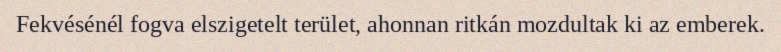
Fekvésénél fogva elszigetelt terület, ahonnan ritkán mozdultak ki az emberek.